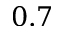
0 . 7